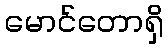
မောင်တောရှိ